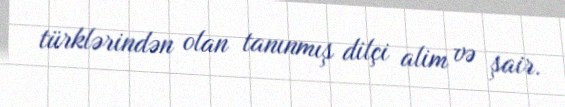
türklərindən olan tanınmış dilçi alim və şair.